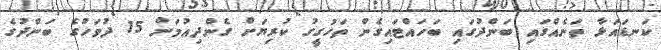
ކަނޑައަޅާ ތަނެއްގައި ބަންދުގައި ބަހައްޓައިގެން ތަހުގީގު ކުރިޔަށް ގެންދިއުމަށް 15 ދުވަހުގެ ބަންދުގެ